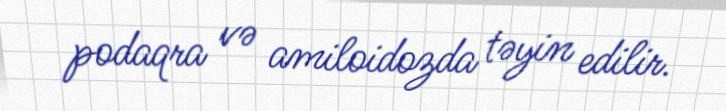
podaqra və amiloidozda təyin edilir.